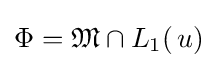
\Phi ={\mathfrak {M}}\cap L_{1}(\,u)